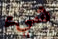
شيء